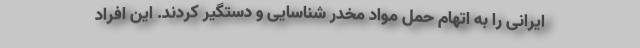
ایرانی را به اتهام حمل مواد مخدر شناسایی و دستگیر کردند. این افراد